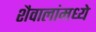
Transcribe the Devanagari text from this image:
शैवालांमध्ये